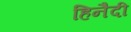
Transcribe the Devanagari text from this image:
हिनैदी